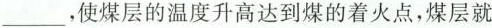
___，使煤层的温度升高达到煤的着火点，煤层就